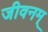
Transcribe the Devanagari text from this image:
जीवनम्‌